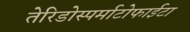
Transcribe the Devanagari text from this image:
तेरिडोस्पर्माटोफाईटा